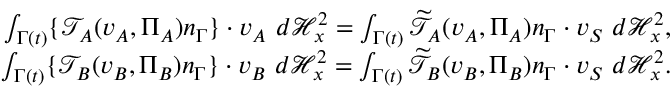
\begin{array} { r } { \int _ { \Gamma ( t ) } \{ \mathcal { T } _ { A } ( v _ { A } , \Pi _ { A } ) n _ { \Gamma } \} \cdot v _ { A } { \ } d \mathcal { H } _ { x } ^ { 2 } = \int _ { \Gamma ( t ) } \widetilde { \mathcal { T } } _ { A } ( v _ { A } , \Pi _ { A } ) n _ { \Gamma } \cdot v _ { S } { \ } d \mathcal { H } _ { x } ^ { 2 } , } \\ { \int _ { \Gamma ( t ) } \{ \mathcal { T } _ { B } ( v _ { B } , \Pi _ { B } ) n _ { \Gamma } \} \cdot v _ { B } { \ } d \mathcal { H } _ { x } ^ { 2 } = \int _ { \Gamma ( t ) } \widetilde { \mathcal { T } } _ { B } ( v _ { B } , \Pi _ { B } ) n _ { \Gamma } \cdot v _ { S } { \ } d \mathcal { H } _ { x } ^ { 2 } . } \end{array}